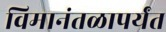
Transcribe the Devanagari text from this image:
विमानंतळापर्यंत